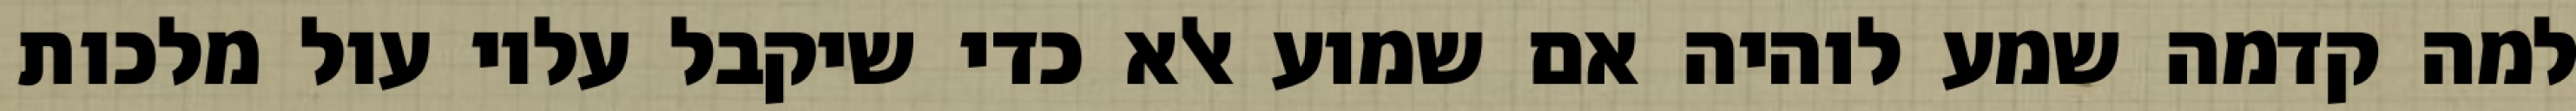
למה קדמה שמע לוהיה אם שמוע אלא כדי שיקבל עליו עול מלכות